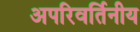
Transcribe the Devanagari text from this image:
अपरिवर्तिनीय